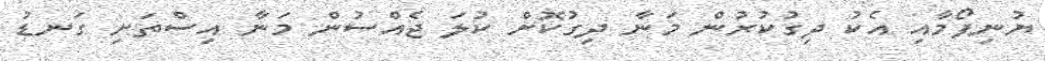
ޔުނިފޯމާއި އެކު ދިގުކުރުން މަނާ ދިގުކޮށް ކުލަ ޖެއްސުން މަނާ އިސްތަށި ގަނޑު